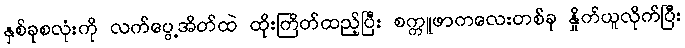
နှစ်ခုစလုံးကို လက်ပွေ့အိတ်ထဲ ထိုးကြိတ်ထည့်ပြီး စက္ကူဖာကလေးတစ်ခု နှိုက်ယူလိုက်ပြီး